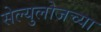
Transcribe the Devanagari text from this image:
सेल्युलोजच्या